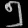
Digit: ၅